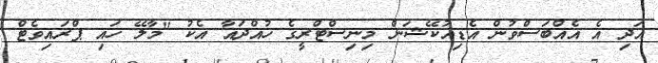
އަދި އެ އެއްބަސްވުން އެޑިއުކޭޝަން މިނިސްޓްރީގެ ހުއްދައާ އެކު "މާލޭ ހައި ޕްރައިވެޓް